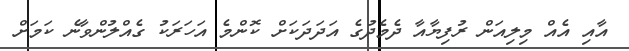
އާއި އެއް މިލިއަން ރުފިޔާއާ ދެމެދުގެ އަދަދަކަށް ކޮންމެ އަހަރަކު ގެއްލުންވާނެ ކަމަށް